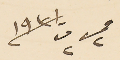
فى ٢ ت٢ /١٩٣١